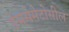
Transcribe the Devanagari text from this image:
डेससेमेटोसील